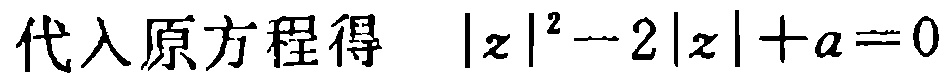
代入原方程得 \(|z|^{2}-2|z| + a = 0\)